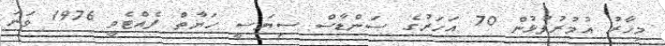
މިހާރު އުމުރުފުޅުން 70 އަހަރުގެ ސަންޑާސް ސިޔަސީ ހަޔާތް ފެއްޓެވީ 1976 ވަނަ